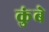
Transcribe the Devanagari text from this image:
कुंबे